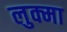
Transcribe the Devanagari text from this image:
लुक्मा